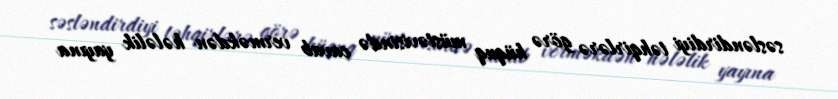
səsləndirdiyi təhqirlərə görə hüquq müstəvisində cavab verməkdən hələlik yayına